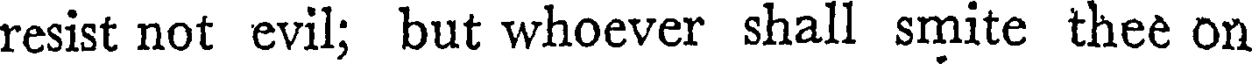
resist not evil; but whoever shall smite thee on